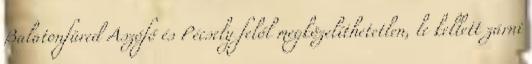
Balatonfüred Aszófő és Pécsely felől megközelíthetetlen, le kellett zárni